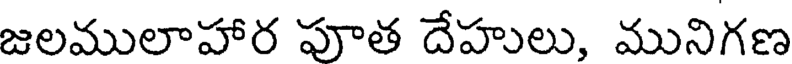
జలములాహార పూత దేహులు, మునిగణ